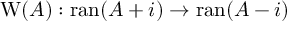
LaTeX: \operatorname { W } ( A ) : \operatorname { r a n } ( A + i ) \to \operatorname { r a n } ( A - i )